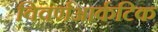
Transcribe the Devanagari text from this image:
विवर्णआर्कटिक